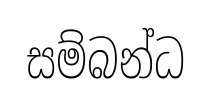
සම්බන්ධ